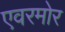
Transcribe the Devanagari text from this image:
एवरमोर